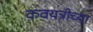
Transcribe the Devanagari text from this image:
कवयत्रीच्या